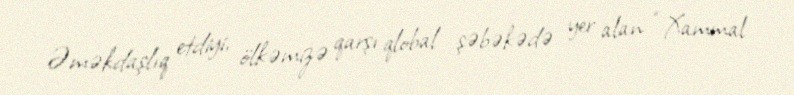
Əməkdaşlıq etdiyi, ölkəmizə qarşı qlobal şəbəkədə yer alan “Xammal